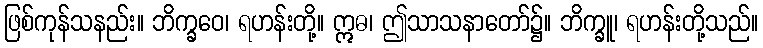
ဖြစ်ကုန်သနည်း။ ဘိက္ခဝေ၊ ရဟန်းတို့။ ဣဓ၊ ဤသာသနာတော်၌။ ဘိက္ခူ၊ ရဟန်းတို့သည်။